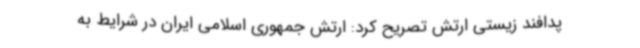
پدافند زیستی ارتش تصریح کرد: ارتش جمهوری اسلامی ایران در شرایط به